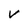
Character: v